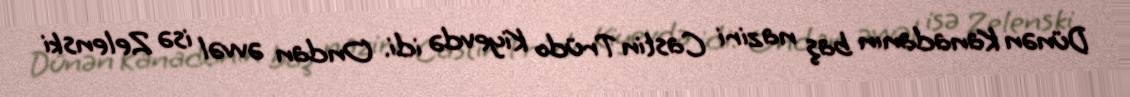
Dünən Kanadanın baş naziri Castin Trüdo Kiyevdə idi. Ondan əvvəl isə Zelenski